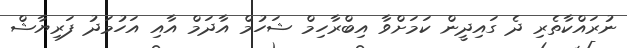
ނުރައްކާތެރި ދެ ގައިދީން ކަމަށްވާ އިބްރާހިމް ޝަހުމް އާދަމް އާއި އަހުމަދު ފަރިޔާޝް